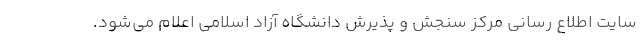
سایت اطلاع رسانی مرکز سنجش و پذیرش دانشگاه آزاد اسلامی اعلام می‌شود.